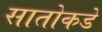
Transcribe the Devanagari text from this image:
सातोकडे